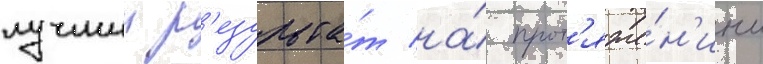
лучшии р'езульта́т на́ прот'яже́н'ии